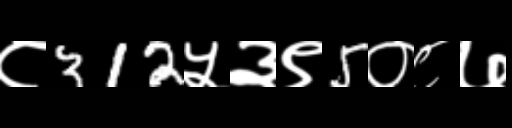
Text: ८312५३९5०८७